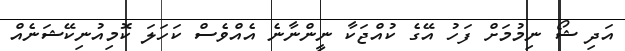
އަދި ޝޯ ނިމުމަށް ފަހު އޭގެ ކުއްޖަކާ ނީންނާނެ އެއްވެސް ކަހަލަ ކޮމިއުނިކޭޝަނެއް